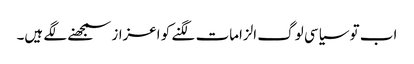
اب تو سیاسی لوگ الزامات لگنے کو اعزاز سمجھنے لگے ہیں۔